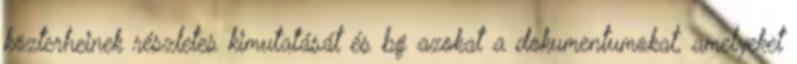
közterheinek részletes kimutatását és bg azokat a dokumentumokat, amelyeket